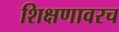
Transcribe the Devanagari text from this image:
शिक्षणावरच